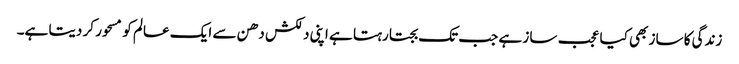
زندگی کا ساز بھی کیا عجب ساز ہے جب تک بجتا رہتا ہے اپنی دلکش دھن سے ایک عالم کو مسحور کر دیتا ہے۔